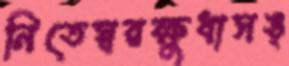
নিতেস্বরক্ষুধাসঙ্